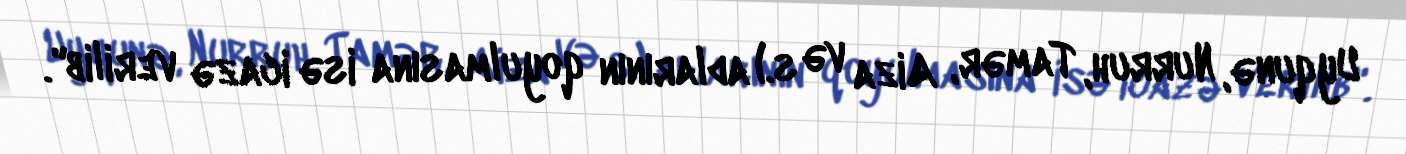
Uyqunə, Nurruh, Tamər, Aiza və s.) adlarının qoyulmasına isə icazə verilib".